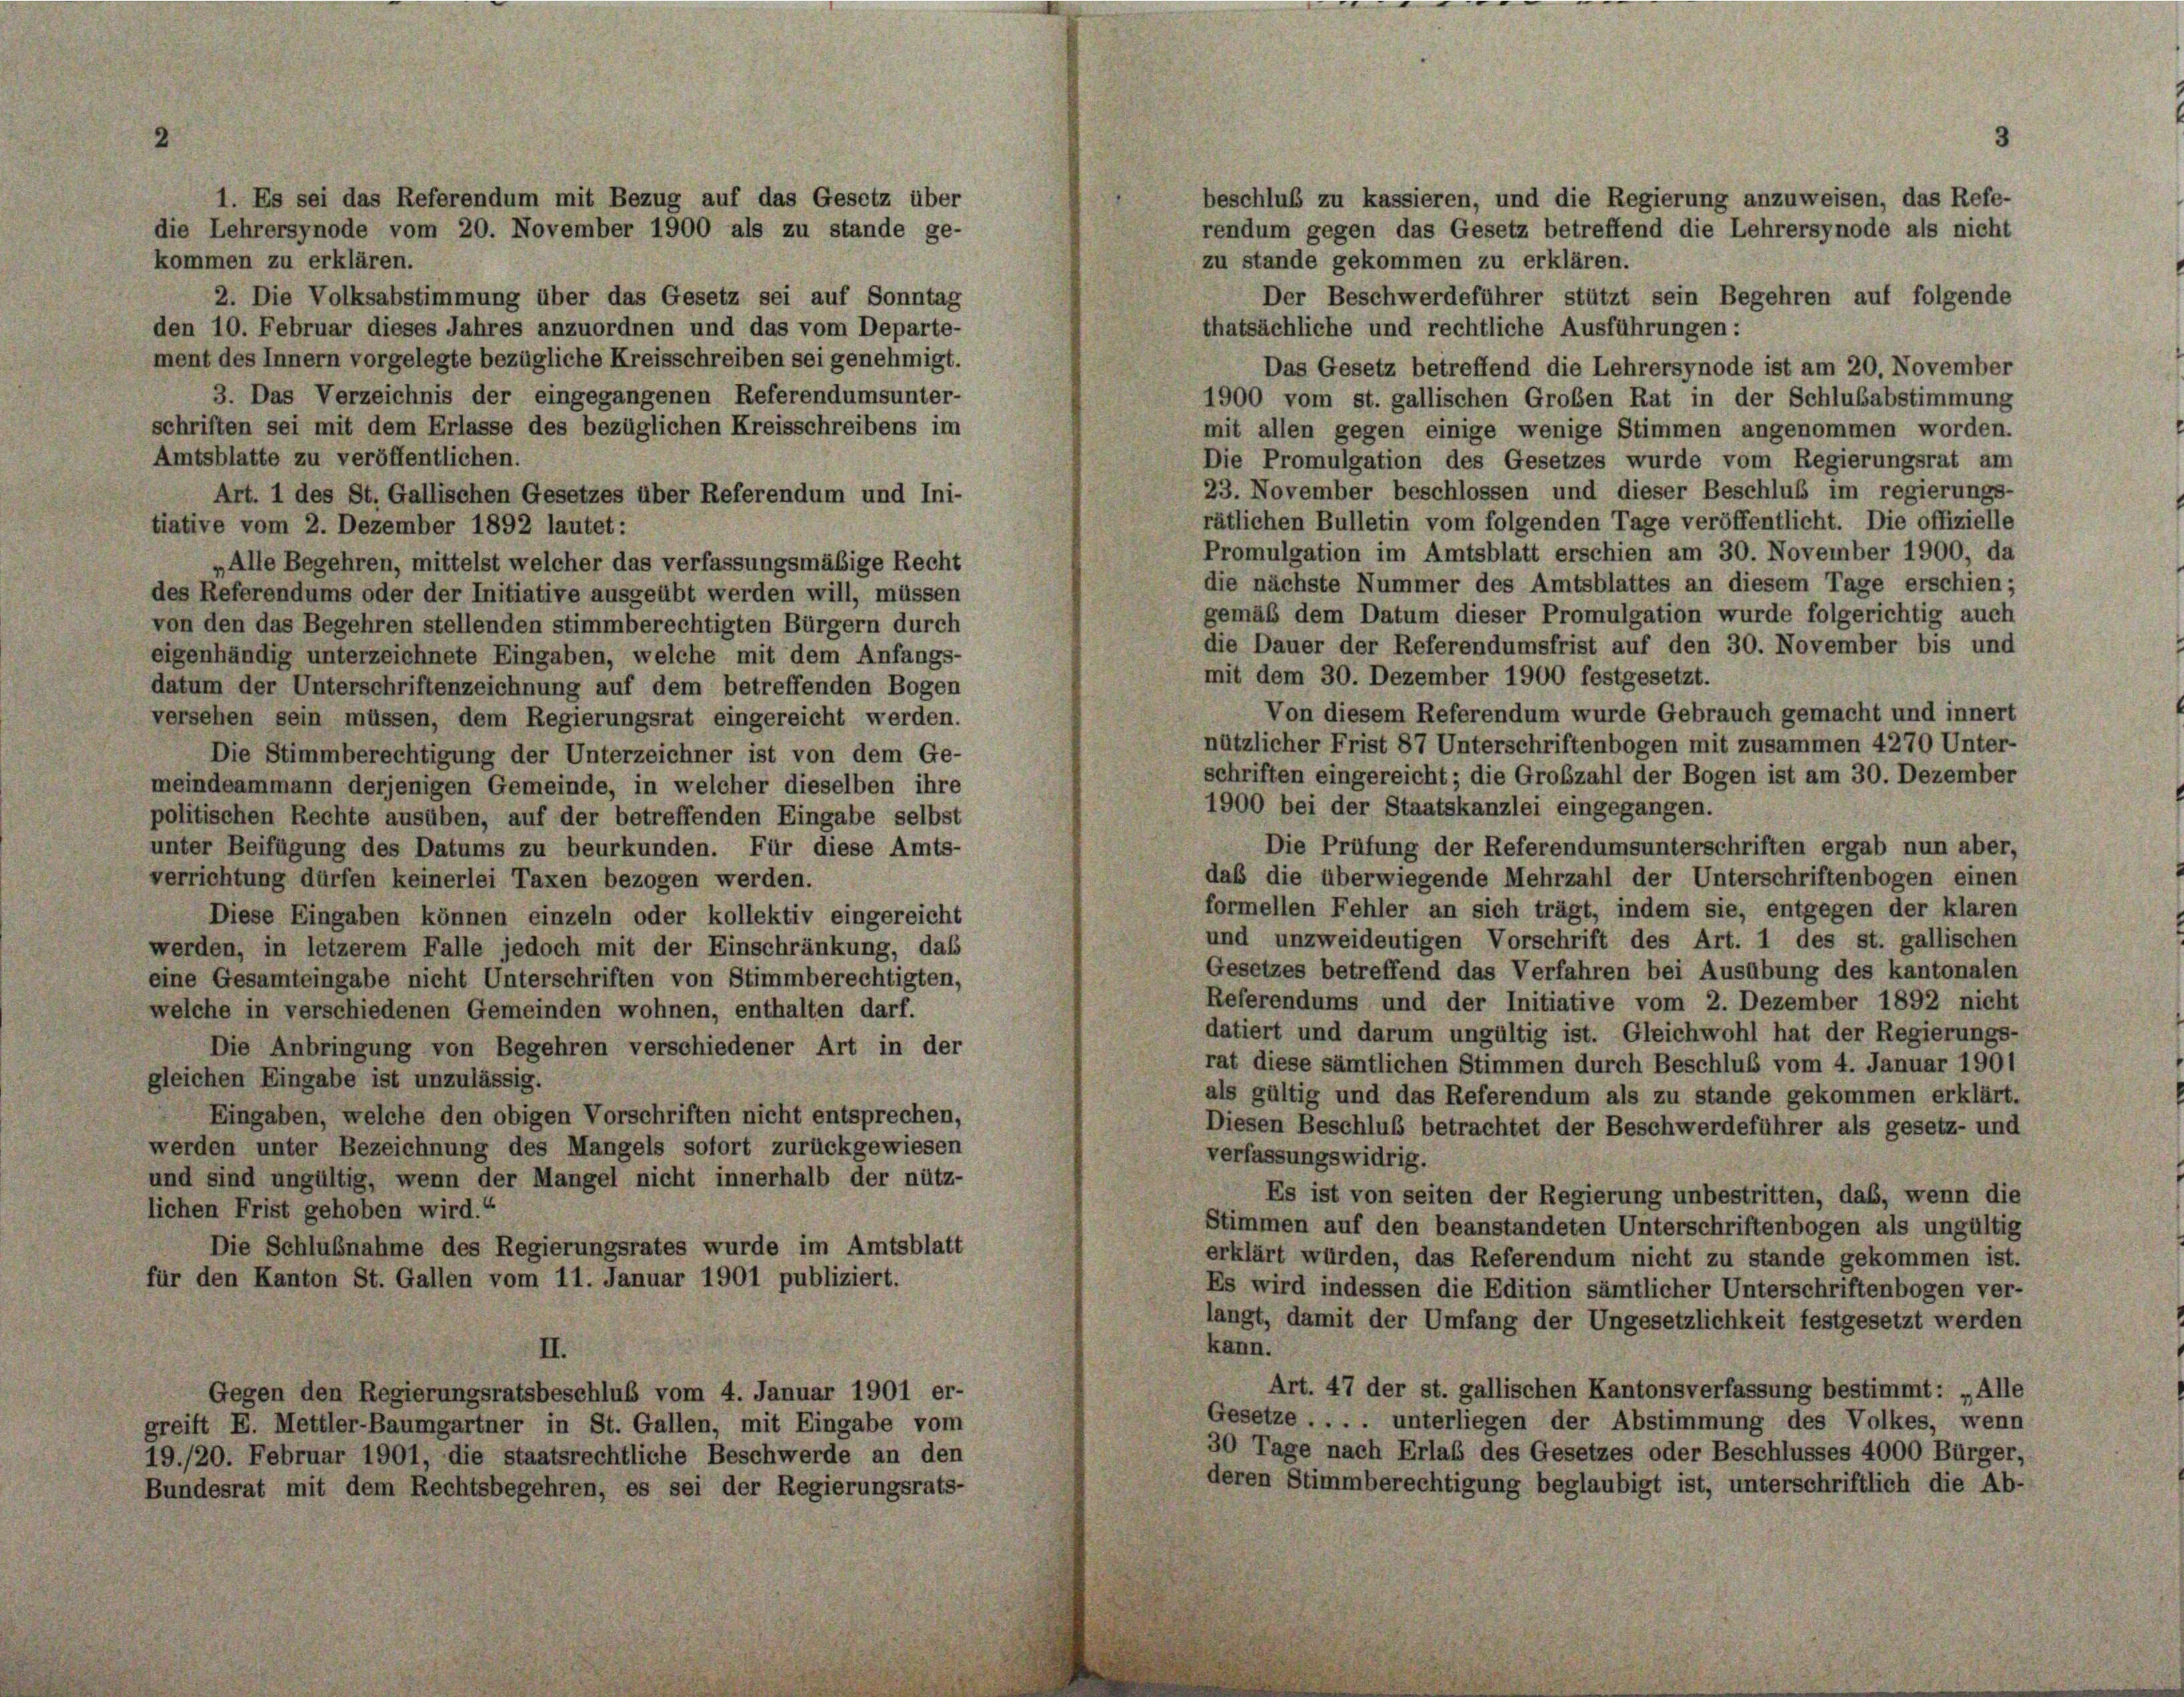
beschluß zu kassieren, und die Regierung anzuweisen, das Refe-
rendum gegen das Gesetz betreffend die Lehrersynode als nicht
kommen zu erklären.
zu stande gekommen zu erklären.
2. Die Volksabstimmung über das Gesetz sei auf Sonntag
Der Beschwerdeführer stützt sein Begehren auf folgende
thatsächliche und rechtliche Ausführungen:
den 10. Februar dieses Jahres anzuordnen und das vom Departe-
ment des Innern vorgelegte bezügliche Kreisschreiben sei genehmigt.
Das Gesetz betreffend die Lehrersynode ist am 20. November
3. Das Verzeichnis der eingegangenen Referendumsunter-
1900 vom st. gallischen Großen Rat in der Schlußabstimmung
schriften sei mit dem Erlasse des bezüglichen Kreisschreibens im
mit allen gegen einige wenige Stimmen angenommen worden.
Amtsblatte zu veröffentlichen.
Die Promulgation des Gesetzes wurde vom Regierungsrat am
23. November beschlossen und dieser Beschluß im regierungs-
Art. 1 des St. Gallischen Gesetzes über Referendum und Ini-
rätlichen Bulletin vom folgenden Tage veröffentlicht. Die offizielle
tiative vom 2. Dezember 1892 lautet:
Promulgation im Amtsblatt erschien am 30. November 1900, da
„Alle Begehren, mittelst welcher das verfassungsmäßige Recht
die nächste Nummer des Amtsblattes an diesem Tage erschien;
des Referendums oder der Initiative ausgeübt werden will, müssen
gemäß dem Datum dieser Promulgation wurde folgerichtig auch
von den das Begehren stellenden stimmberechtigten Bürgern durch
die Dauer der Referendumsfrist auf den 30. November bis und
eigenhändig unterzeichnete Eingaben, welche mit dem Anfangs-
mit dem 30. Dezember 1900 festgesetzt.
datum der Unterschriftenzeichnung auf dem betreffenden Bogen
Von diesem Referendum wurde Gebrauch gemacht und innert
versehen sein müssen, dem Regierungsrat eingereicht werden.
nützlicher Frist 87 Unterschriftenbogen mit zusammen 4270 Unter-
Die Stimmberechtigung der Unterzeichner ist von dem Ge-
schriften eingereicht; die Großzahl der Bogen ist am 30. Dezember
meindeammann derjenigen Gemeinde, in welcher dieselben ihre
1900 bei der Staatskanzlei eingegangen.
politischen Rechte ausüben, auf der betreffenden Eingabe selbst
Die Prüfung der Referendumsunterschriften ergab nun aber,
unter Beifügung des Datums zu beurkunden. Für diese Amts-
daß die überwiegende Mehrzahl der Unterschriftenbogen einen
verrichtung dürfen keinerlei Taxen bezogen werden.
formellen Fehler an sich trägt, indem sie, entgegen der klaren
Diese Eingaben können einzeln oder kollektiv eingereicht
und unzweideutigen Vorschrift des Art. 1 des st. gallischen
werden, in letzerem Falle jedoch mit der Einschränkung, dass
Gesetzes betreffend das Verfahren bei Ausübung des kantonalen
eine Gesamteingabe nicht Unterschriften von Stimmberechtigten,
Referendums und der Initiative vom 2. Dezember 1892 nicht
welche in verschiedenen Gemeinden wohnen, enthalten darf.
datiert und darum ungültig ist. Gleichwohl hat der Regierungs-
Die Anbringung von Begehren verschiedener Art in der
rat diese sämtlichen Stimmen durch Beschluß vom 4. Januar 1901
gleichen Eingabe ist unzulässig.
als gültig und das Referendum als zu stande gekommen erklärt.
Eingaben, welche den obigen Vorschriften nicht entsprechen,
Diesen Beschluß betrachtet der Beschwerdeführer als gesetz- und
werden unter Bezeichnung des Mangels sofort zurückgewiesen
verfassungswidrig.
und sind ungültig, wenn der Mangel nicht innerhalb der nütz-
Es ist von seiten der Regierung unbestritten, das, wenn die
lichen Frist gehoben wird.“
Stimmen auf den beanstandeten Unterschriftenbogen als ungültig
Die Schlußnahme des Regierungsrates wurde im Amtsblatt
erklärt würden, das Referendum nicht zu stande gekommen ist.
für den Kanton St. Gallen vom 11. Januar 1901 publiziert.
Es wird indessen die Edition sämtlicher Unterschriftenbogen ver-
langt, damit der Umfang der Ungesetzlichkeit festgesetzt werden
kann.
II.
Art. 47 der st. gallischen Kantonsverfassung bestimmt: „Alle
Gegen den Regierungsratsbeschluß vom 4. Januar 1901 er-
Gesetze . . . . unterliegen der Abstimmung des Volkes, wenn
greift E. Mettler-Baumgartner in St. Gallen, mit Eingabe vom
30 Tage nach Erlaß des Gesetzes oder Beschlusses 4000 Bürger,
19./20. Februar 1901, die staatsrechtliche Beschwerde an den
deren Stimmberechtigung beglaubigt ist, unterschriftlich die Ab-
Bundesrat mit dem Rechtsbegehren, es sei der Regierungsrats-

1. Es sei das Referendum mit Bezug auf das Gesetz über
die Lehrersynode vom 20. November 1900 als zu stande ge-

3